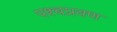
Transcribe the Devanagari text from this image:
पश्चप्रवण